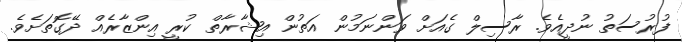
ފުރުސަތު ނުދީއެވެ. ރާސިލް ގެއަށް ވަންނަމުން އަތުން އިޝާރާތް ކުރީ އިންޒާރެއް ދޭގޮތަށެވެ.